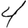
Digit: 4